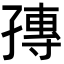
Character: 𡦕